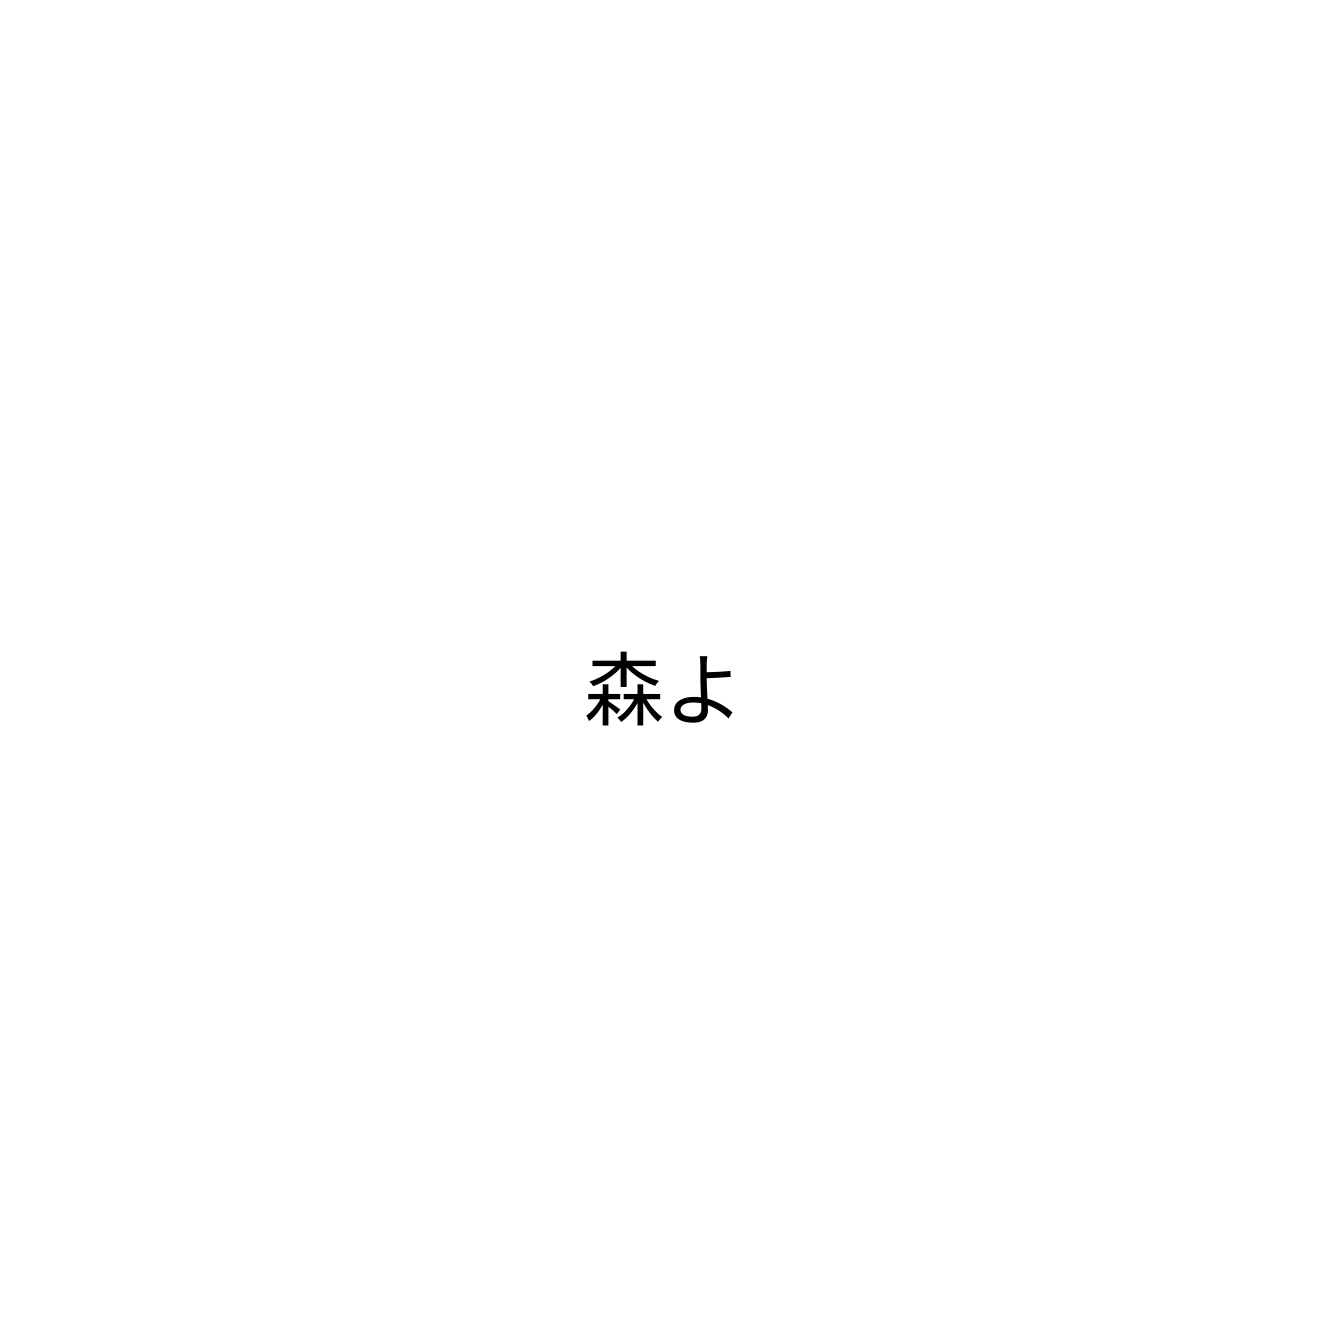
森よ